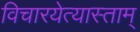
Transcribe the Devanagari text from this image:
विचारयेत्यास्ताम्